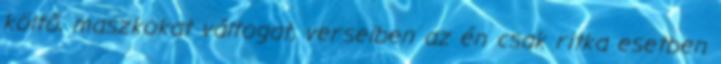
költő, maszkokat váltogat, verseiben az én csak ritka esetben